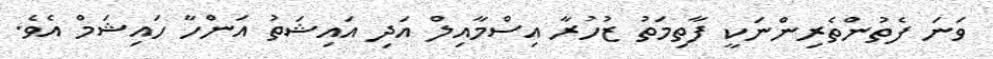
ވަނަ ފެތުންތެރިންނަކީ ފާތިމަތު ޒުހުރާ އިސްމާއިލް އަދި އައިޝަތު އަންހާ ހައިޝަމް އެވެ.